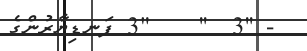
- ''3  ''    "3 ފަނޑިޔާރުންގެ